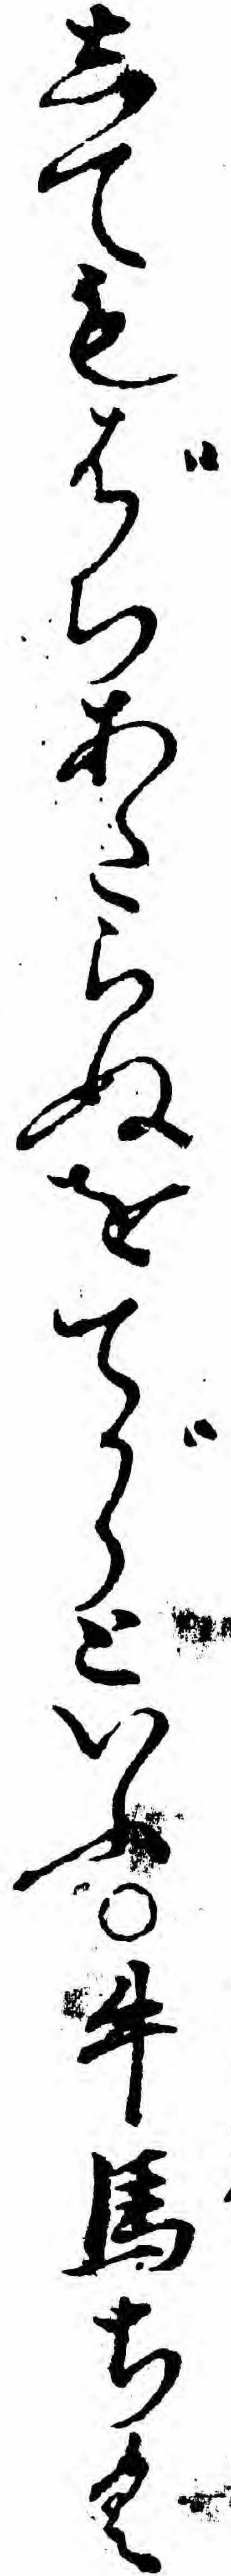
してもばちあたらぬをてがらといふ牛馬ちく